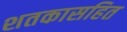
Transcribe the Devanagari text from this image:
शतकासहित